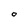
Character: O